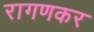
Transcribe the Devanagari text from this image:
रागणकर